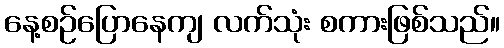
နေ့စဉ်ပြောနေကျ လက်သုံး စကားဖြစ်သည်။